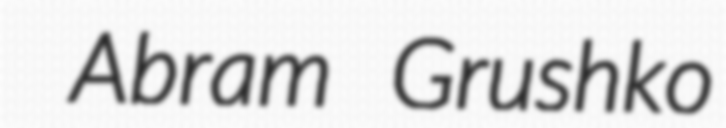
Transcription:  Abram Grushko